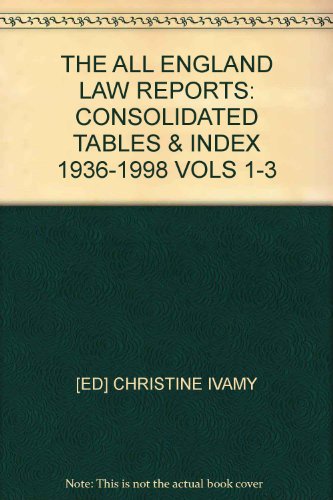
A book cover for THE ALL ENGLAND LAW REPORTS: CONSOLIDATED TABLES & INDEX 1936-1998 VOLS 1-3; [ED] CHRISTINE IVAMY; Law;